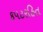
કપટરહિત